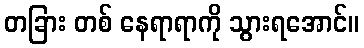
တခြား တစ် နေရာရာကို သွားရအောင်။